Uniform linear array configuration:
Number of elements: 12
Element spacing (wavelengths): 0.25
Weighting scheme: hann
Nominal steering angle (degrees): -45
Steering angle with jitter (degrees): -45.7
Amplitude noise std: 0.05
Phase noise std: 0.05

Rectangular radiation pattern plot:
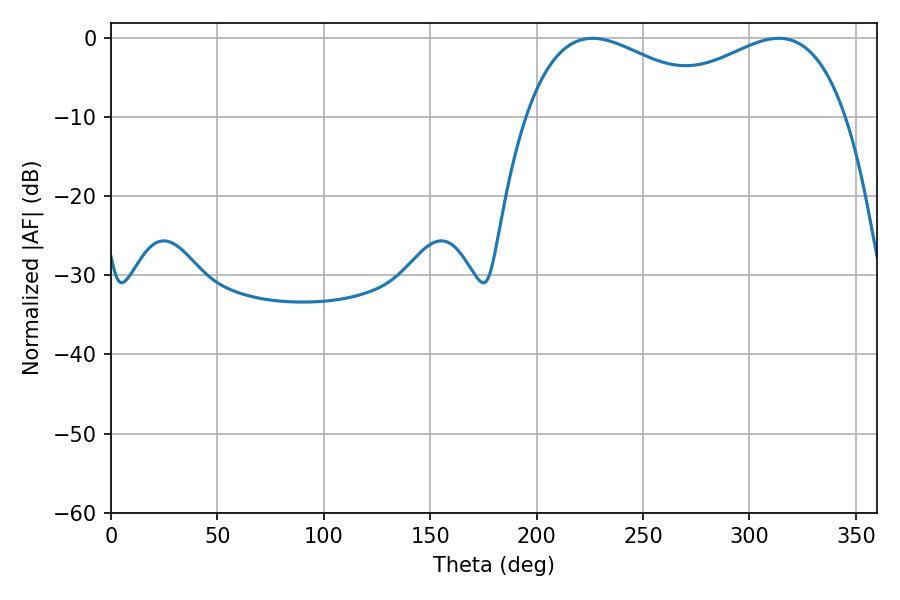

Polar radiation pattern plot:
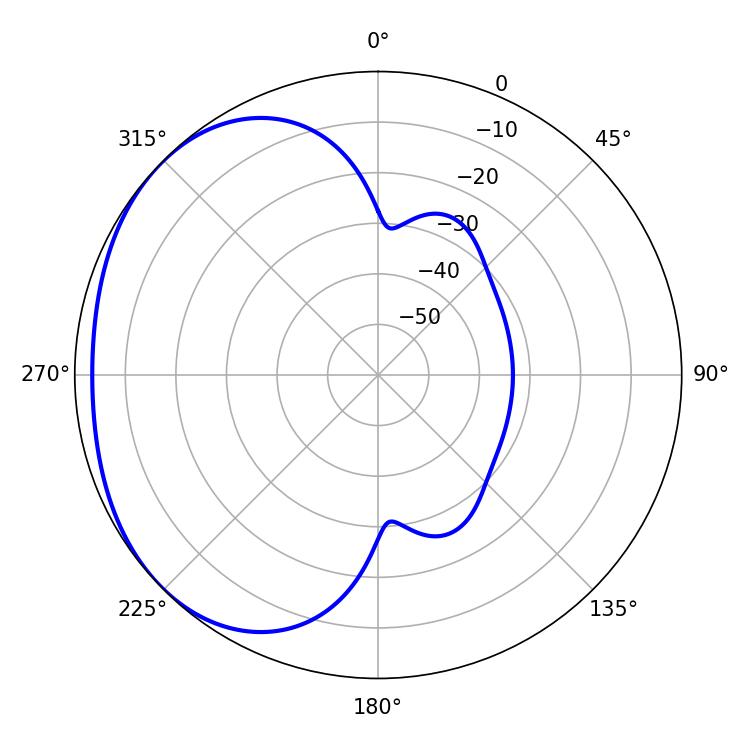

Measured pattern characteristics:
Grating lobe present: FALSE
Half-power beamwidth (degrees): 51.66
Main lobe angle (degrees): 226.26